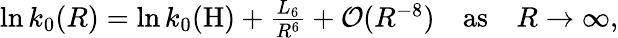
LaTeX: \begin{array}{r}{\ln k_{0}(R)=\ln k_{0}(\mathrm{H})+\frac{L_{6}}{R^{6}}+\mathcal{O}(R^{-8})\quad\mathrm{as}\quad R\rightarrow\infty,}\end{array}